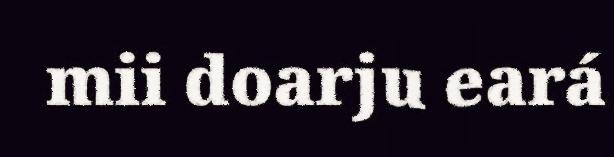
mii doarju eará